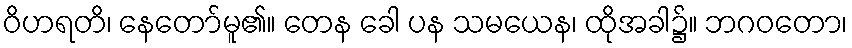
ဝိဟရတိ၊ နေတော်မူ၏။ တေန ခေါ ပန သမယေန၊ ထိုအခါ၌။ ဘဂဝတော၊